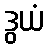
ဒွယံ